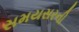
સમયસરની